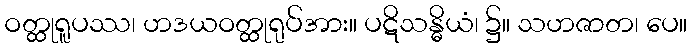
ဝတ္ထုရူပဿ၊ ဟဒယဝတ္ထုရုပ်အား။ ပဋိသန္ဓိယံ၊ ၌။ သဟဇာတ၊ ပေ။